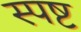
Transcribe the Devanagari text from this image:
स्‍पष्ट